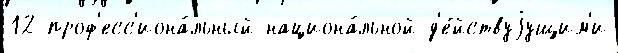
12 проф'есс'иона́льный национа́льной д'е́йствуjущим'и